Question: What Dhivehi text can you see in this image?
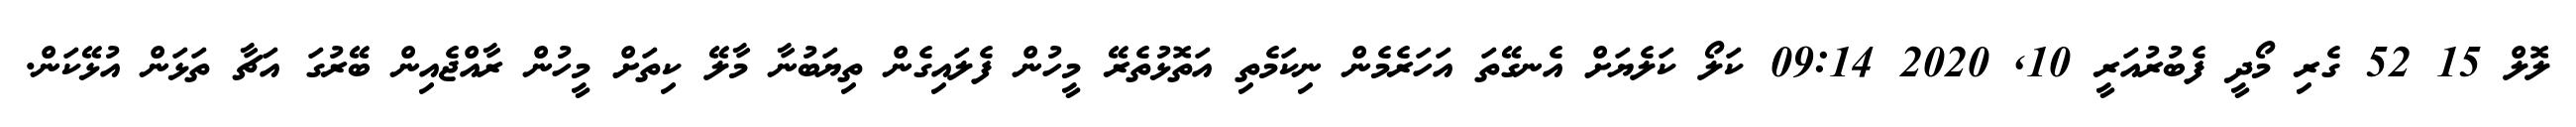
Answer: ލޮލް 15 52 ގެރި މޯދީ ފެބުރުއަރީ 10, 2020 09:14 ކަލޯ ކަލެޔަށް އެނގޭތަ އަހަރެމެން ނިކަމެތި އަތޮޅުތެރޭ މީހުން ފެލައިގެން ތިޔަބުނާ މާލޭ ކިތަށް މީހުން ރާއްޖެއިން ބޭރުގަ އަޗާ ތަޅަން އުޅޭކަން.